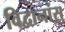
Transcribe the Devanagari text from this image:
विद्वानांस